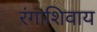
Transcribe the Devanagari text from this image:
रंगाशिवाय